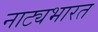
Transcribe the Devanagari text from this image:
नाट्यभारत